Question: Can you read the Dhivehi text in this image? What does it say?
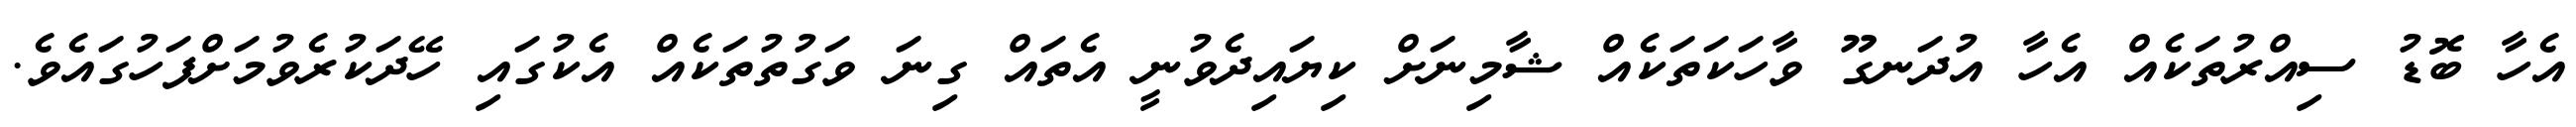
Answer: އެހާ ބޮޑު ސިއްރުތަކެއް އެހާ އުދަނގޫ ވާހަކަތަކެއް ޝާމިނަށް ކިޔައިދެވުނީ އެތައް ގިނަ ވަގުތުތަކެއް އެކުގައި ހޭދަކުރެވުމަށްފަހުގައެވެ.